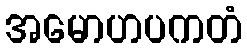
အမောဟပကတံ